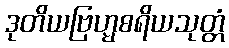
ဒုတိယဗြဟ္မစရိယသုတ္တံ